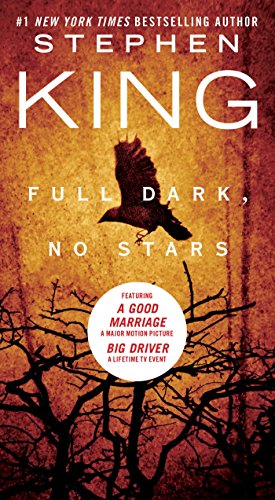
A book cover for Full Dark, No Stars; Stephen King; Literature & Fiction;